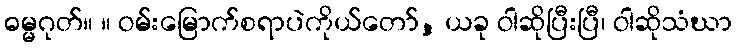
ဓမ္မဂုတ်။ ။ ဝမ်းမြောက်စရာပဲကိုယ်တော်, ယခု ဝါဆိုပြီးပြီ၊ ဝါဆိုသံဃာ